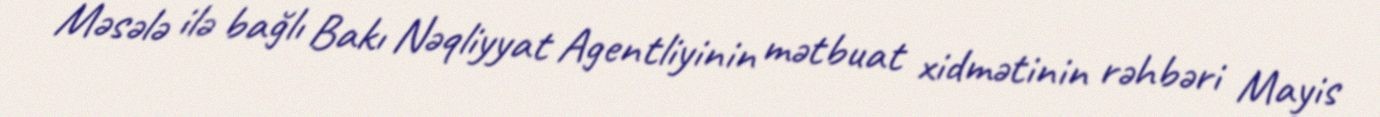
Məsələ ilə bağlı Bakı Nəqliyyat Agentliyinin mətbuat xidmətinin rəhbəri Mayis